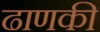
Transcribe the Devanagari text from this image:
ढाणकी